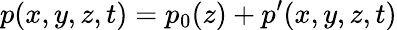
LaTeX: p(x,y,z,t)=p_{0}(z)+p^{\prime}(x,y,z,t)